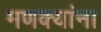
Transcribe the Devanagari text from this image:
मणक्यांना